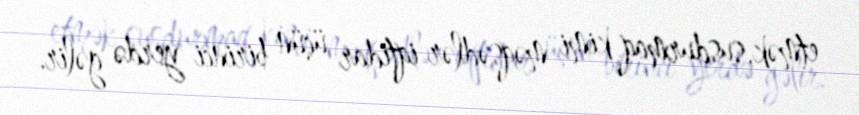
etmək, susdurmaq kimi məqsədlər iqtidar üçün birinci yerdə gəlir.